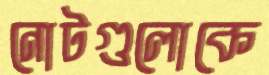
নোটগুলোকে